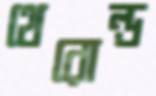
থেরোল্ড